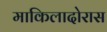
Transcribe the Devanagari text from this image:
माकिलादोरास